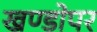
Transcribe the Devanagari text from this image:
खण्डोपर